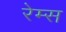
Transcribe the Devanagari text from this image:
रेम्स